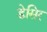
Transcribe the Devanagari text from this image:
डेसिर